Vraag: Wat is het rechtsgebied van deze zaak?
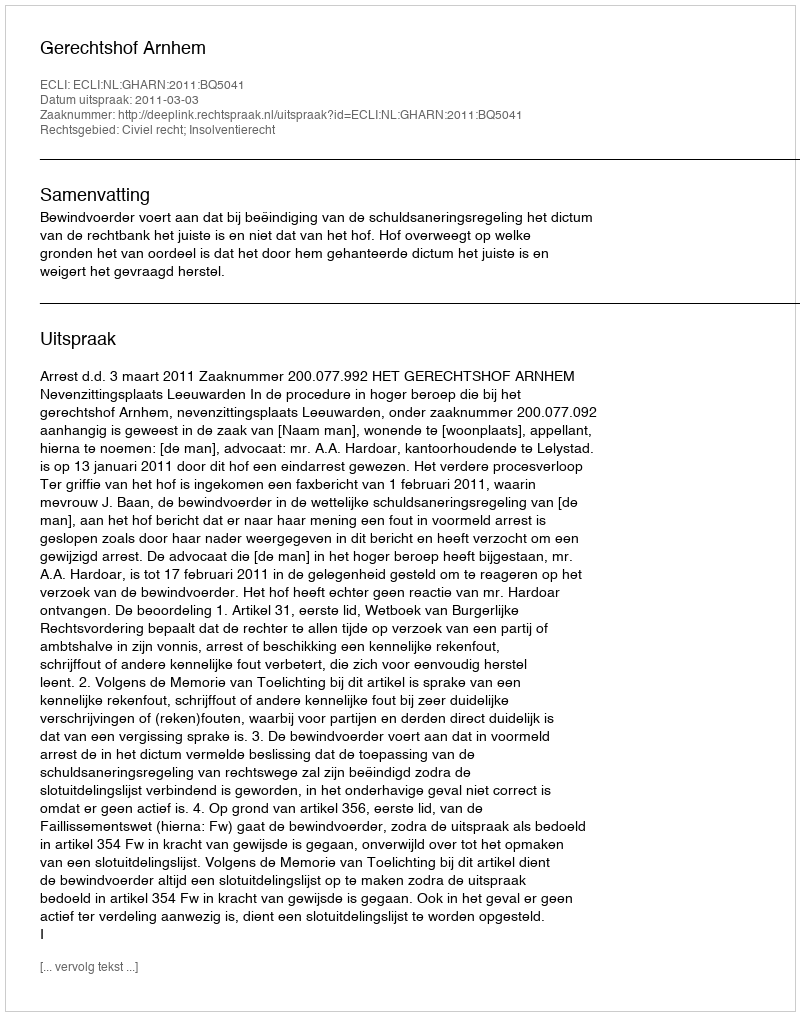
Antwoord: Civiel recht; Insolventierecht